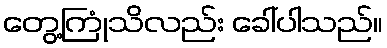
တွေ့ကြုံသိလည်း ခေါ်ပါသည်။